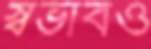
স্বভাবও